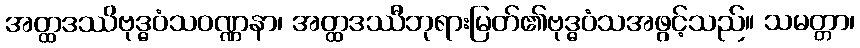
အတ္ထဒဿိဗုဒ္ဓဝံသဝဏ္ဏနာ၊ အတ္ထဒဿီဘုရားမြတ်၏ဗုဒ္ဓဝံသအဖွင့်သည်။ သမတ္တာ၊